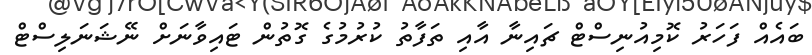
ބައެއް ފަހަރު ކޮމިއުނިސްޓް ޗައިނާ އާއި ތަފާތު ކުރުމުގެ ގޮތުން ޓައިވާނަށް ނޭޝަނަލިސްޓް